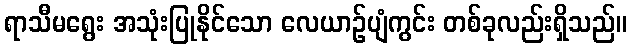
ရာသီမရွေး အသုံးပြုနိုင်သော လေယာဉ်ပျံကွင်း တစ်ခုလည်းရှိသည်။